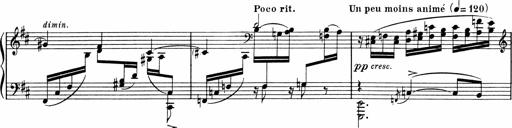
Title: Sonatine pour piano
Composer: Albert Roussel